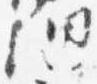
納